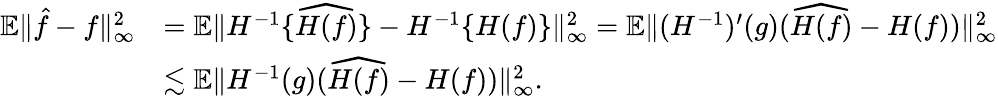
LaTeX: \begin{array}{rl}{\mathbb{E}\| \hat{f}-f\| _{\infty}^{2}}&{=\mathbb{E}\| H^{-1}\{ \widehat{H(f)}\} -H^{-1}\{ H(f)\} \| _{\infty}^{2}=\mathbb{E}\| (H^{-1})^{\prime}(g)(\widehat{H(f)}-H(f))\| _{\infty}^{2}}\\ &{\lesssim\mathbb{E}\| H^{-1}(g)(\widehat{H(f)}-H(f))\| _{\infty}^{2}.}\end{array}